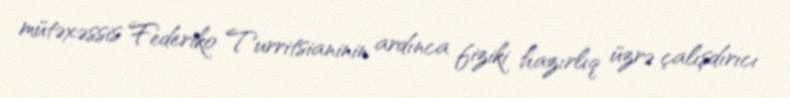
mütəxəssis Federiko Turritsianinin ardınca fiziki hazırlıq üzrə çalışdırıcı